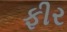
ફીર